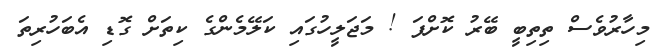
މިހާރުވެސް ތިތިބީ ބޭރު ކޮށްފަ ! މަޖަލީހުގައި ކަލޭމެންގެ ކިތަށް ގޮޑި އެބަހުރިތަ